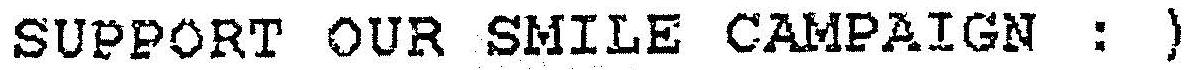
SUPPORT OUR SMILE CAMPAIGN : )